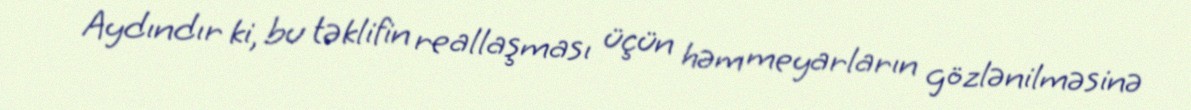
Aydındır ki, bu təklifin reallaşması üçün həm meyarların gözlənilməsinə